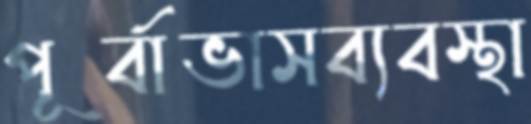
পূর্বাভাসব্যবস্থা